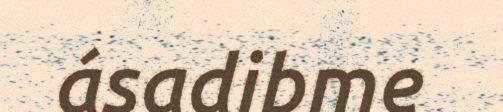
ásadibme